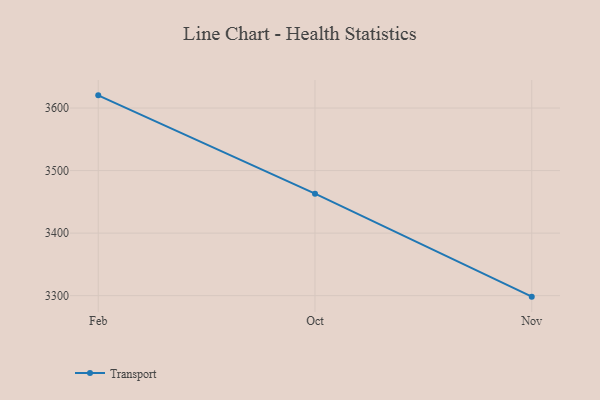
{"axis": {"x": "Month", "y": "Inventory Turnover"}, "legend": ["Transport"], "data": [{"x": "Feb", "y": 3620.3, "type": "Transport"}, {"x": "Oct", "y": 3463.1, "type": "Transport"}, {"x": "Nov", "y": 3298.4, "type": "Transport"}]}